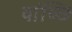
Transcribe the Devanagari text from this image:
वांच्छि